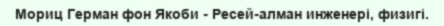
Мориц Герман фон Якоби - Ресей-алман инженері, физигі.